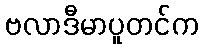
ဗလာဒီမာပူတင်က